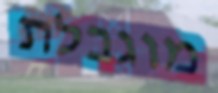
מוגבלת